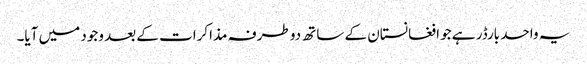
یہ واحد بارڈر ہے جو افغانستان کے ساتھ دو طرفہ مذاکرات کے بعد وجود میں آیا۔